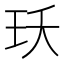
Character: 𭸺